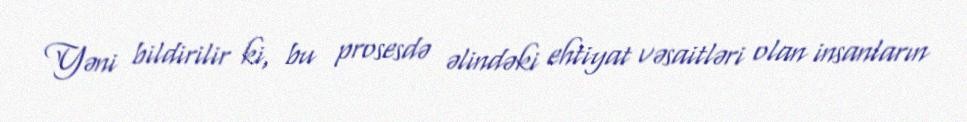
Yəni bildirilir ki, bu prosesdə əlindəki ehtiyat vəsaitləri olan insanların